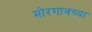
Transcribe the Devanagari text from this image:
मोरगावच्या